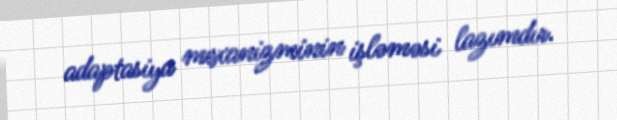
adaptasiya mexanizminin işləməsi lazımdır.